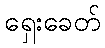
ရှေးခေတ်